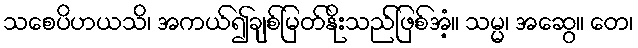
သစေပိဟယသိ၊ အကယ်၍ချစ်မြတ်နိုးသည်ဖြစ်အံ့။ သမ္မ၊ အဆွေ။ တေ၊